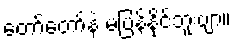
တော်တော်နဲ့ မပြန်နိုင်ဘူးဗျာ။